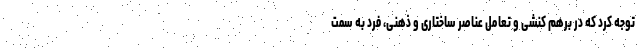
توجه کرد که در برهم کنشی و تعامل عناصر ساختاری و ذهنی، فرد به سمت